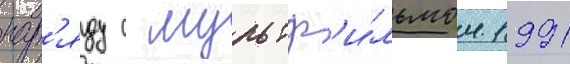
нар'яду с мультф'и́льмом 1991